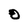
Character: O